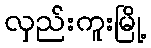
လှည်းကူးမြို့